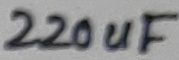
Text: 220uF